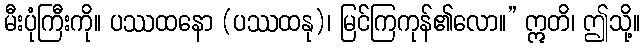
မီးပုံကြီးကို။ ပဿထနော (ပဿထနု)၊ မြင်ကြကုန်၏လော။” ဣတိ၊ ဤသို့။